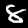
Label: 8